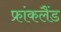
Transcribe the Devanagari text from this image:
फ्रांकलैंड